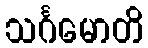
သင်္ဂမောတိ